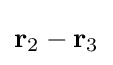
\mathbf {r} _{2}-\mathbf {r} _{3}